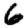
Digit: 6